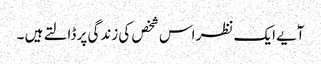
آٗیے ایک نظر اس شخص کی زندگی پر ڈالتے ہیں ۔